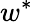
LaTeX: w^{*}